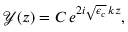
\begin{array} { r } { \mathcal { Y } ( z ) = C \, e ^ { 2 i \sqrt { \epsilon _ { c } } \, k z } , } \end{array}